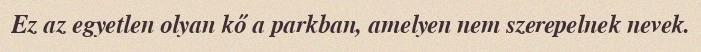
Ez az egyetlen olyan kő a parkban, amelyen nem szerepelnek nevek.